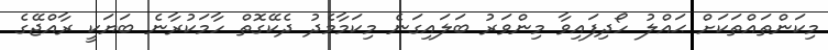
މިކަންތައްތަކަށް ޙައްލު ހޯދިފައިވާ މިންވަރު ބަލައިގަނެ މިކަމާމެދު ދެކޭގޮތް ހާމަކުރާނެ ބަޔަކީ ރާއްޖޭގެ